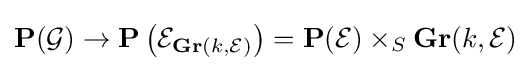
\mathbf {P} ({\mathcal {G}})\to \mathbf {P} \left({\mathcal {E}}_{\mathbf {Gr} (k,{\mathcal {E}})}\right)=\mathbf {P} ({\mathcal {E}})\times _{S}\mathbf {Gr} (k,{\mathcal {E}})